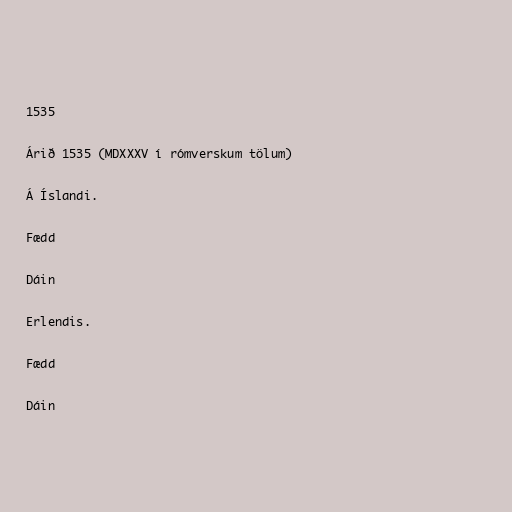
1535

Árið 1535 (MDXXXV í rómverskum tölum)

Á Íslandi.

Fædd

Dáin

Erlendis.

Fædd

Dáin